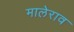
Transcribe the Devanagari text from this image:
मालेराव